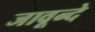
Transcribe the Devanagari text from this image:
जावून्दे